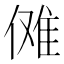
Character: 傩